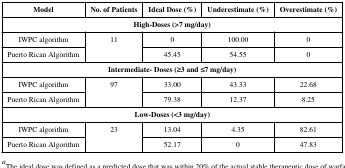
<table><thead><tr><td><b>Model</b></td><td><b>No. of Patients</b></td><td><b>Ideal Dose (%)</b></td><td><b>Underestimate (%)</b></td><td><b>Overestimate (%)</b></td></tr></thead><tbody><tr><td colspan="5"><b>High-Doses (&gt;7 mg/day)</b></td></tr><tr><td>IWPC algorithm</td><td rowspan="2">11</td><td>0</td><td>100.00</td><td>0</td></tr><tr><td>Puerto Rican Algorithm</td><td>45.45</td><td>54.55</td><td>0</td></tr><tr><td colspan="5"><b>Intermediate- Doses (≥3 and ≤7 mg/day)</b></td></tr><tr><td>IWPC algorithm</td><td rowspan="2">97</td><td>33.00</td><td>43.33</td><td>22.68</td></tr><tr><td>Puerto Rican Algorithm</td><td>79.38</td><td>12.37</td><td>8.25</td></tr><tr><td colspan="5"><b>Low-Doses (&lt;3 mg/day)</b></td></tr><tr><td>IWPC algorithm</td><td rowspan="2">23</td><td>13.04</td><td>4.35</td><td>82.61</td></tr><tr><td>Puerto Rican Algorithm</td><td>52.17</td><td>0</td><td>47.83</td></tr></tbody></table>